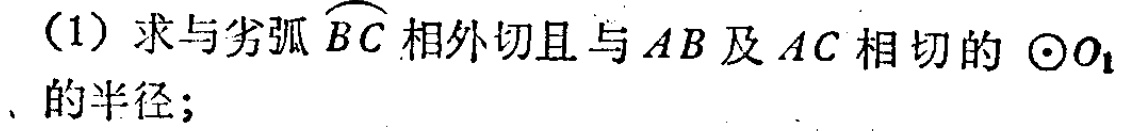
(1) 求与劣弧\(\overset{\frown}{BC}\)相外切且与\(AB\)及\(AC\)相切的\(\odot O_{1}\)的半径；